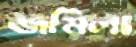
জমিলা